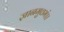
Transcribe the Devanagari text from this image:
ज्ञानमुत्तमं।।